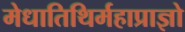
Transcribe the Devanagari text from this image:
मेधातिथिर्महाप्राज्ञो